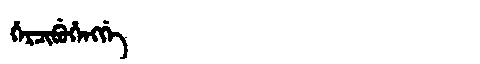
Manchu: ᡥᡝᡵᠴᡳᠪᡠᡥᡝᠩᡤᡝ
Romanization: HERCIBUHENGGE